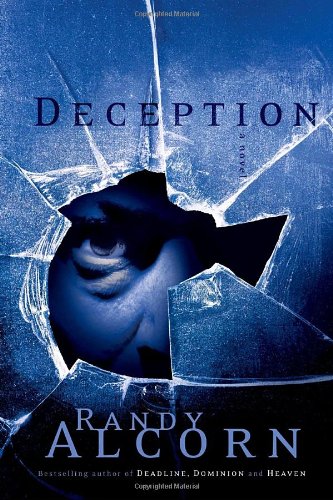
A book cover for Deception (Ollie Chandler, Book 3); Randy Alcorn; Religion & Spirituality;